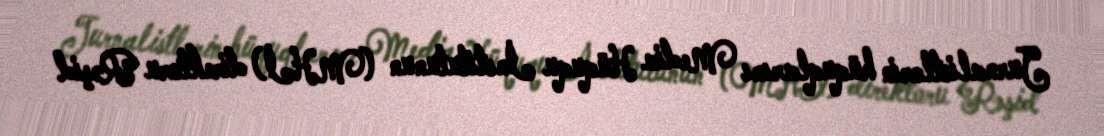
Jurnalistlərin hüquqlarını Media Hüququ İnstitutunun (MHİ) direktoru Rəşid